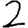
Digit: 2